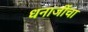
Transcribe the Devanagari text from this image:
धनाजींचा